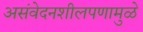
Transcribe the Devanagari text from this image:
असंवेदनशीलपणामुळे